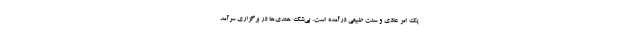
یک امر عادی و سنت طبیعی درآمده است. بی‌شک هندی‌ها در برگزاری سرآمد